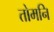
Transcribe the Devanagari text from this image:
तोमनि